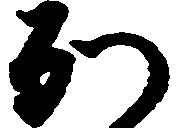
別